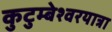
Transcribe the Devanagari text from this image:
कुटुम्बेश्वरयात्रा